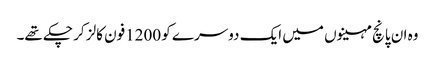
وہ ان پانچ مہینوں میں ایک دوسرے کو 1200فون کالز کر چکے تھے۔